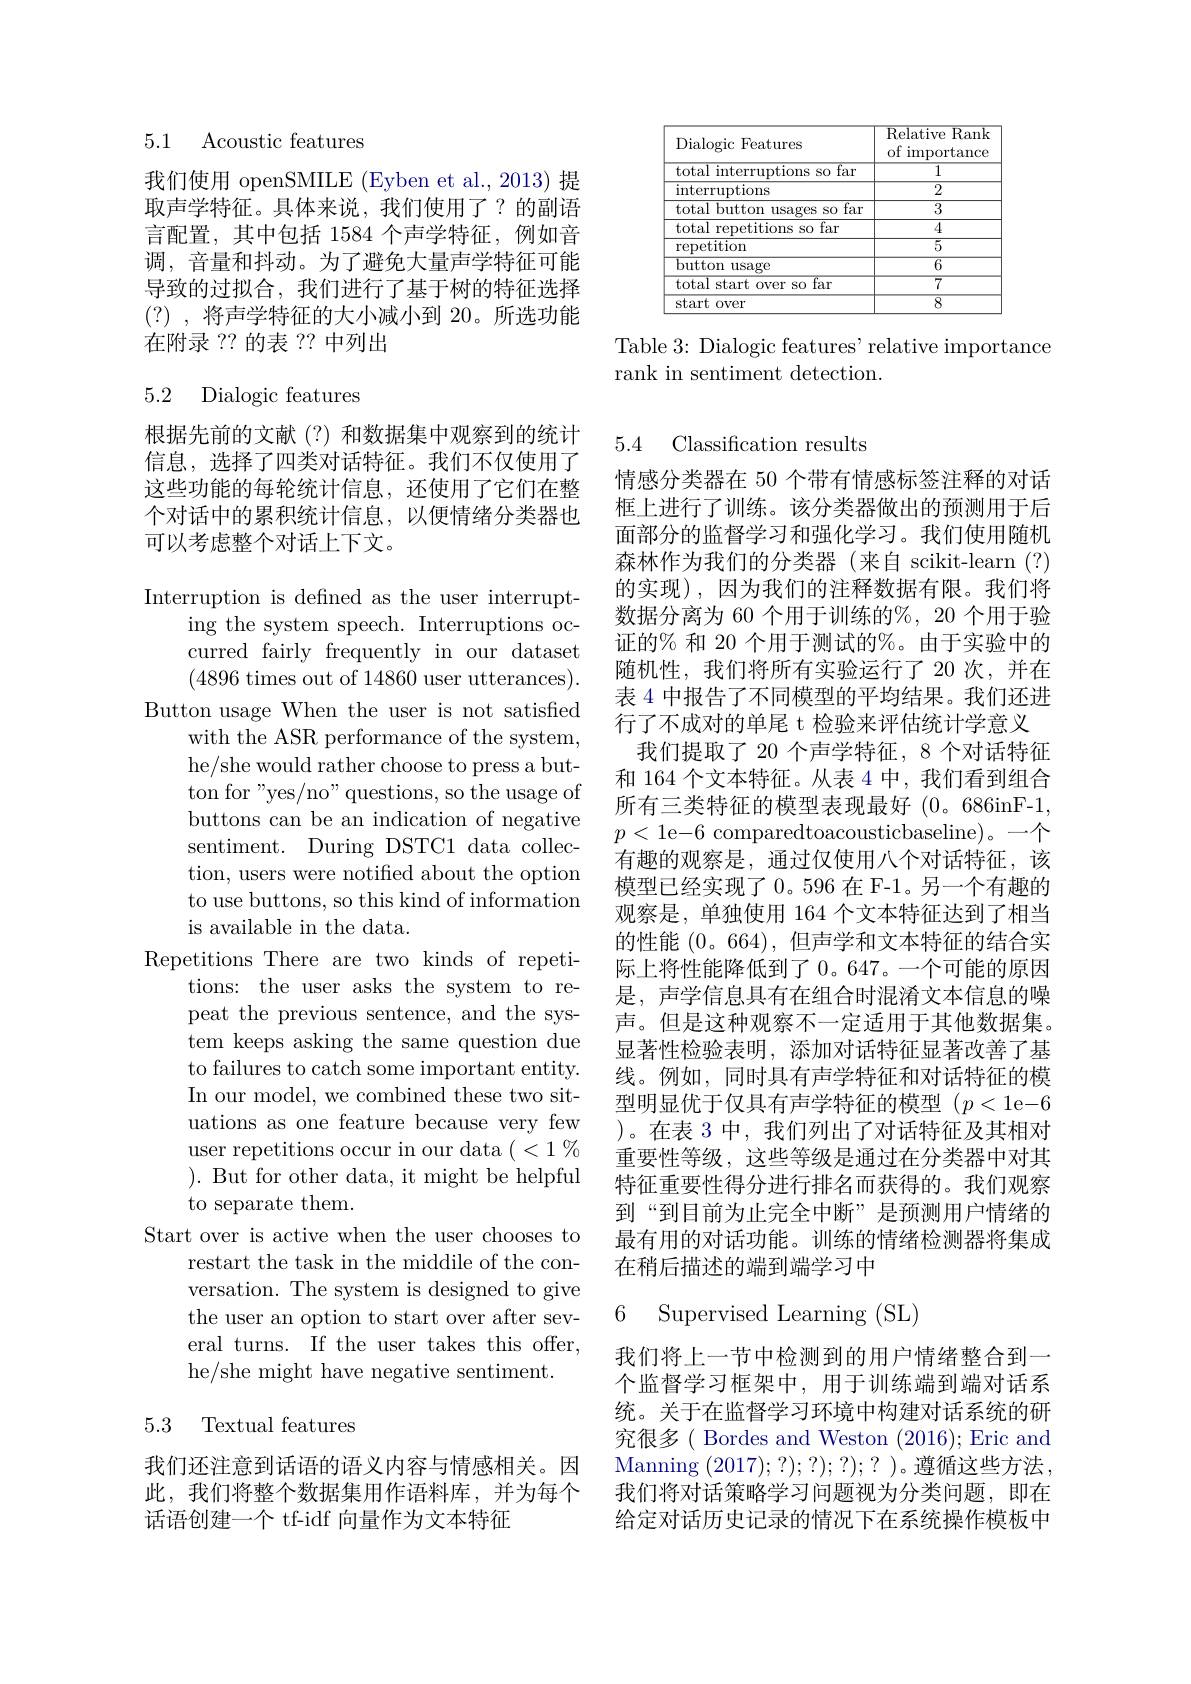
5.1 Acoustic features

我们使用 openSMILE (Eyben et al., 2013) 提取声学特征。具体来说，我们使用了？的副语言配置，其中包括 1584 个声学特征，例如音调，音量和抖动。为了避免大量声学特征可能导致的过拟合，我们进行了基于树的特征选择(?) ,将声学特征的大小减小到 20。所选功能在附录 ?? 的表 ?? 中列出

## 5.2 Dialogic features

根据先前的文献(?)和数据集中观察到的统计信息，选择了四类对话特征。我们不仅使用了这些功能的每轮统计信息，还使用了它们在整个对话中的累积统计信息，以便情绪分类器也可以考虑整个对话上下文。

Interruption is defined as the user interrupt-
ing the system speech. Interruptions occurred fairly frequently in our dataset (4896 times out of 14860 user utterances).
Button usage When the user is not satisfied
with the ASR performance of the system, he/she would rather choose to press a button for"yes/no" questions, so the usage of buttons can be an indication of negative sentiment. During DSTC1 data collection, users were notified about the option to use buttons, so this kind of information is available in the data.
Repetitions There are two kinds of repeti-
tions: the user asks the system to repeat the previous sentence, and the system keeps asking the same question due to failures to catch some important entity. In our model, we combined these two situations as one feature because very few user repetitions occur in our data $(<1\%$ $).{\mathrm{~But~for~other~data,~it~might~be~helpful}}$ to separate them.
Start over is active when the user chooses to
restart the task in the middile of the conversation. The system is designed to give the user an option to start over after several turns. If the user takes this offer, he/she might have negative sentiment.

## 5.3 Textual features

我们还注意到话语的语义内容与情感相关。因此，我们将整个数据集用作语料库，并为每个话语创建一个 tf-idf 向量作为文本特征

<table>
	<tbody>
		<tr>
			<th>Dialogic Features</th>
			<th>Relative $\overline{\mathrm{Rank}}$ $of$ $\operatorname{importance}$ 1</th>
		</tr>
		<tr>
			<td>total interruptions so far</td>
			<td>$\overline{1}$</td>
		</tr>
		<tr>
			<td>$\operatorname{interruptions}$</td>
			<td>$\overline{2}$</td>
		</tr>
		<tr>
			<td>total button usages so far</td>
			<td>3</td>
		</tr>
		<tr>
			<td>total repetitions so far</td>
			<td>4</td>
		</tr>
		<tr>
			<td>repetition</td>
			<td>$\overline{5}$</td>
		</tr>
		<tr>
			<td>$\overline{{\mathrm{button}}}$ usage</td>
			<td>$\overline{6}$</td>
		</tr>
		<tr>
			<td>$\mathop{\text{total start over so far}}$</td>
			<td>$\overline{7}$</td>
		</tr>
		<tr>
			<td>start 1 $0ver$</td>
			<td>$\overline{8}$</td>
		</tr>
	</tbody>
</table>

Table 3: Dialogic features' relative importance
rank in sentiment detection.

### 5.4 Classification results

情感分类器在 50 个带有情感标签注释的对话框上进行了训练。该分类器做出的预测用于后面部分的监督学习和强化学习。我们使用随机森林作为我们的分类器(来自 scikit-learn(?) 的实现),因为我们的注释数据有限。我们将数据分离为 60 个用于训练的$\%,20$ 个用于验证的% 和 20 个用于测试的%。由于实验中的随机性，我们将所有实验运行了20 次，并在表 4 中报告了不同模型的平均结果。我们还进行了不成对的单尾 t 检验来评估统计学意义
我们提取了 20 个声学特征，8 个对话特征和 164 个文本特征。从表 4 中，我们看到组合所有三类特征的模型表现最好 (0。686inF-1, $p<$ 1e-6 comparedtoacousticbaseline)。一个有趣的观察是，通过仅使用八个对话特征，该模型已经实现了 0。596 在 F-1。另一个有趣的观察是，单独使用 164 个文本特征达到了相当的性能(0。664),但声学和文本特征的结合实际上将性能降低到了 0。647。一个可能的原因是，声学信息具有在组合时混淆文本信息的噪声。但是这种观察不一定适用于其他数据集。显著性检验表明，添加对话特征显著改善了基线。例如，同时具有声学特征和对话特征的模型明显优于仅具有声学特征的模型($p<1$e-6 )。在表 3 中，我们列出了对话特征及其相对重要性等级，这些等级是通过在分类器中对其特征重要性得分进行排名而获得的。我们观察到“到目前为止完全中断”是预测用户情绪的最有用的对话功能。训练的情绪检测器将集成在稍后描述的端到端学习中

6 Supervised Learning (SL)

我们将上一节中检测到的用户情绪整合到一个监督学习框架中，用于训练端到端对话系统。关于在监督学习环境中构建对话系统的研究很多( Bordes and Weston (2016);Eric and Manning ( 2017) ; ? ) ; ? ) ; ? ) 。遵 循 这 些 方 法 我们将对话策略学习问题视为分类问题，即在给定对话历史记录的情况下在系统操作模板中